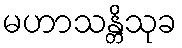
မဟာသန္တိသုခ